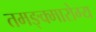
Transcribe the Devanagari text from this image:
तमङ्क्मारोग्य